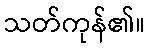
သတ်ကုန်၏။